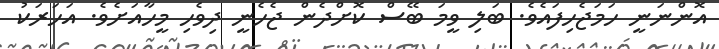
އޮންނަނީ ހަމަޖެހިފައެވެ. ބަލި ވީމަ ބޭސް ކޮށްދެން ޖެހެނީ ދިވެހި މީހާއަށެވެ. އަހަރަކު